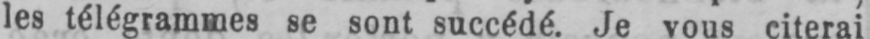
les télégrammes se sont succédé. Je vous citerai